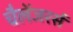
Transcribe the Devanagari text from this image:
चैलेंजरर्स